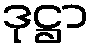
ဒုဋ္ဌာ